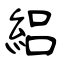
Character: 絽